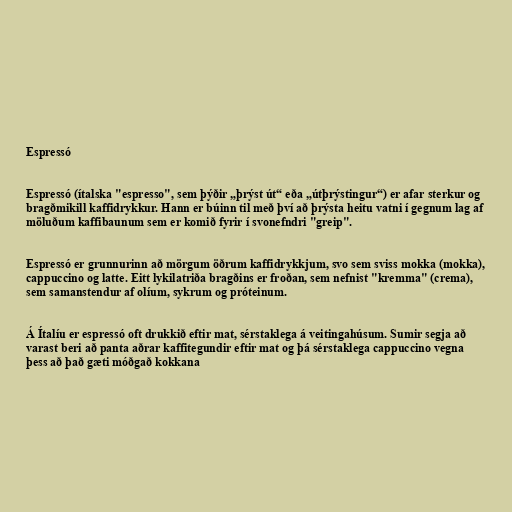
Espressó

Espressó (ítalska "espresso", sem þýðir „þrýst út“ eða „útþrýstingur“) er afar sterkur og
bragðmikill kaffidrykkur. Hann er búinn til með því að þrýsta heitu vatni í gegnum lag af
möluðum kaffibaunum sem er komið fyrir í svonefndri "greip".

Espressó er grunnurinn að mörgum öðrum kaffidrykkjum, svo sem sviss mokka (mokka),
cappuccino og latte. Eitt lykilatriða bragðins er froðan, sem nefnist "kremma" (crema),
sem samanstendur af olíum, sykrum og próteinum.

Á Ítalíu er espressó oft drukkið eftir mat, sérstaklega á veitingahúsum. Sumir segja að
varast beri að panta aðrar kaffitegundir eftir mat og þá sérstaklega cappuccino vegna
þess að það gæti móðgað kokkana